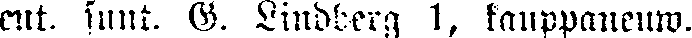
ent. suut. G. Lindberg 1, kauppaneuw.